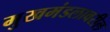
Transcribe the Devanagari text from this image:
मुखमंडलावरील